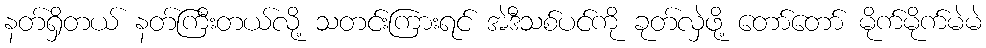
နတ်ရှိတယ် နတ်ကြီးတယ်လို့ သတင်းကြားရင် အဲဒီသစ်ပင်ကို ခုတ်လှဲဖို့ တော်တော် မိုက်မိုက်မဲမဲ